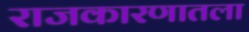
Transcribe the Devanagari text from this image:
राजकारणातला